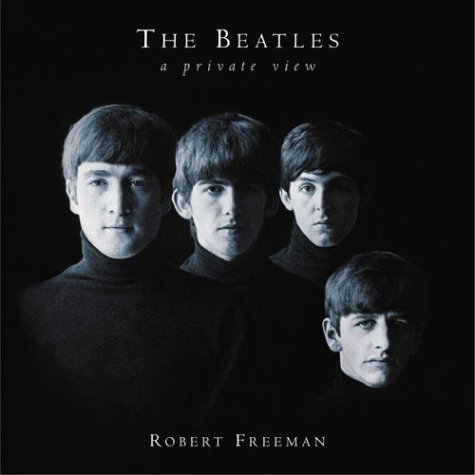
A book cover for The Beatles: A Private View; Robert Freeman; Humor & Entertainment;